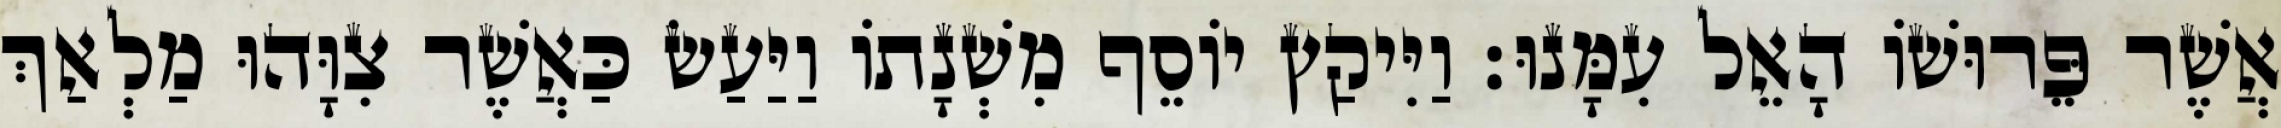
אֲשֶׁר פֵּרוּשׁוֹ הָאֵל עִמָּנוּ׃ וַיִּיקַץ יוֹסֵף מִשְׁנָתוֹ וַיַּעַשׂ כַּאֲשֶׁר צִוָּהוּ מַלְאַךְ